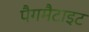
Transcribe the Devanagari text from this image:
पैगमैटाइट